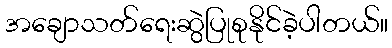
အချောသတ်ရေးဆွဲပြုစုနိုင်ခဲ့ပါတယ်။